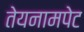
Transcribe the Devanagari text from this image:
तेयनामपेट